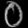
Digit: ၀